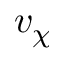
v _ { \chi }